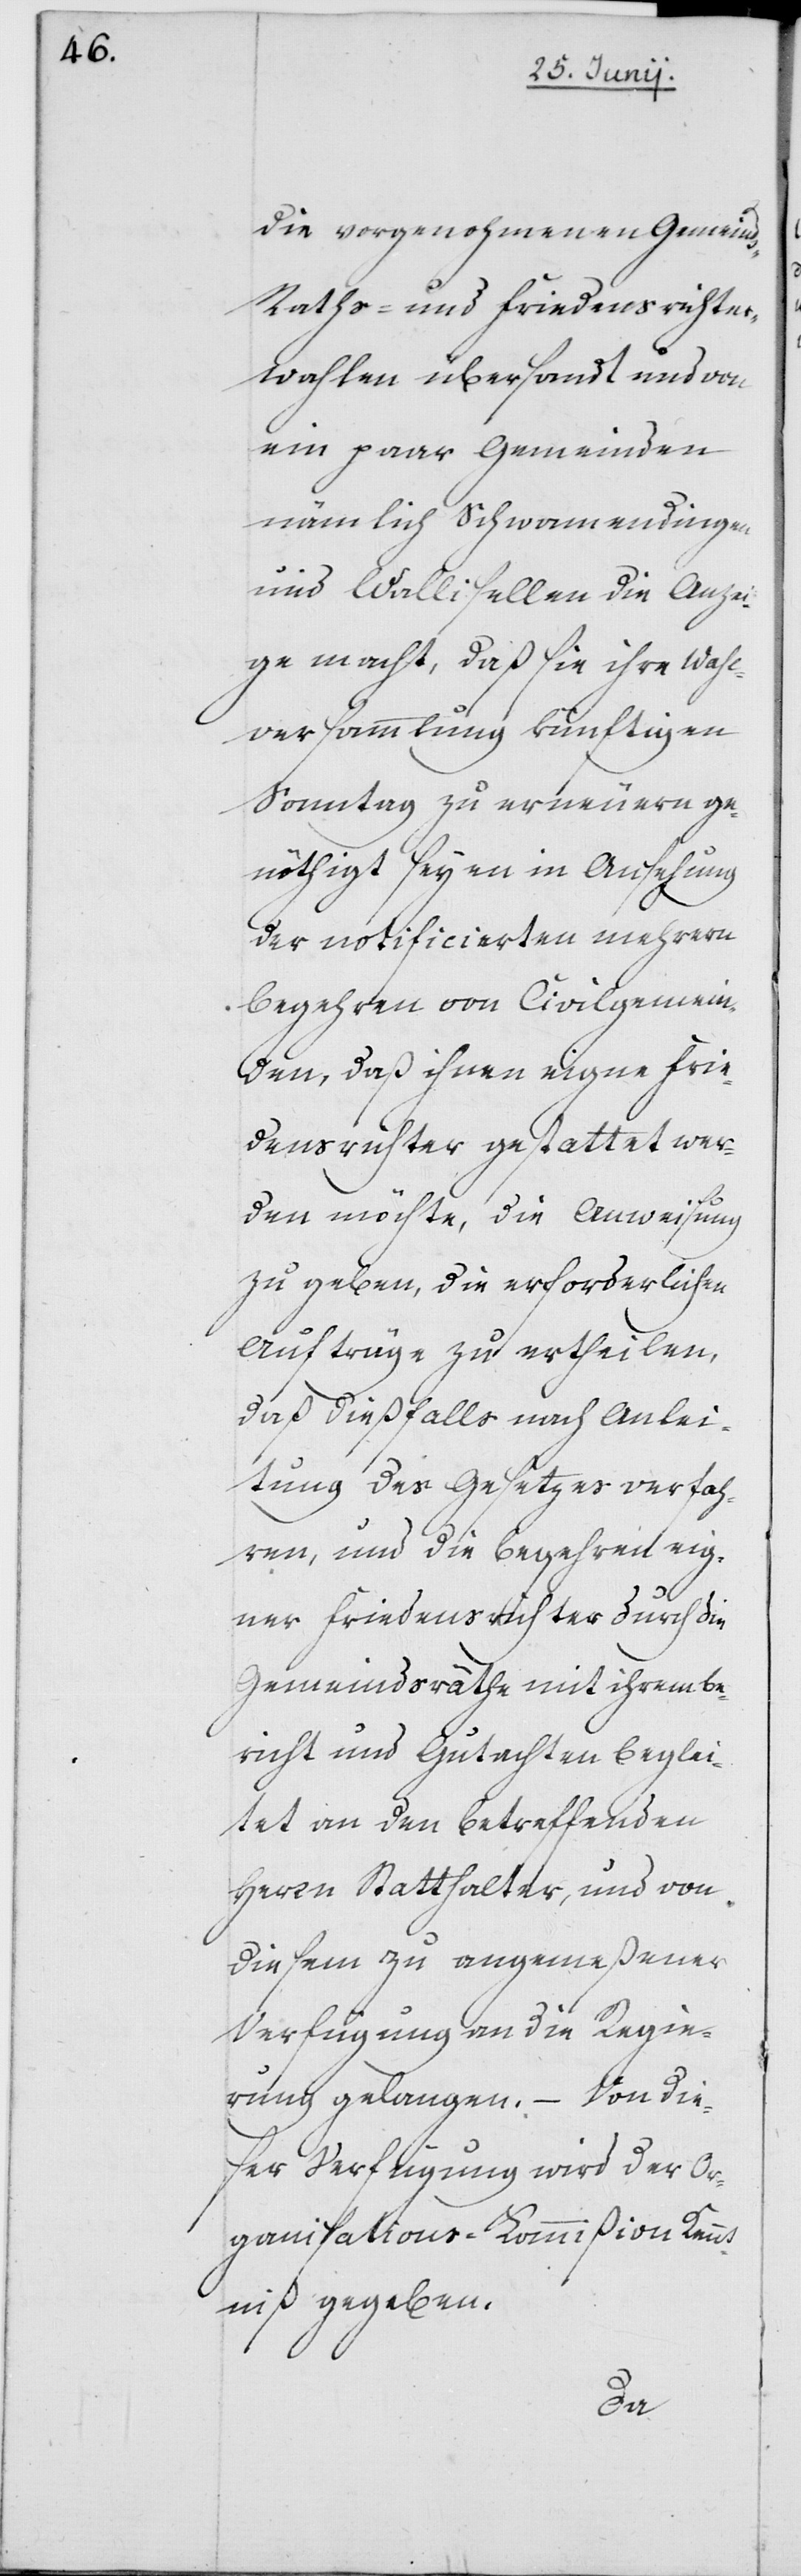
die vorgenohmenen Gemeind¬
s-Raths- und Friedensrichter¬
wahlen übersandt und von
ein paar Gemeinden,
nämlich Schwamendingen
und Wallisellen die Anzei¬
ge macht, daß sie ihre Wahl¬
versammlung künftigen
Sonntag zu erneuern ge¬
nöthigt seyen in Ansehung
der notificierten mehrern
Begehren von Civilgemein¬
den, daß ihnen eigne Frie¬
densrichter gestattet wer¬
den möchte, die Anweisung
zu geben, die erforderlichen
Aufträge zu ertheilen,
daß dießfalls nach Anlei¬
tung des Gesetzes verfah¬
ren, und die Begehren eig¬
ner Friedensrichter durch die
Gemeindsräthe mit ihrem Be¬
richt und Gutachten beglei¬
tet an den betreffenden
Herrn Statthalter, und von
diesem zu angemeßener
Verfügung an die Regie¬
rung gelangen. – Von die¬
ser Verfügung wird der Or¬
ganisations-Kommißion Kennt¬
niß gegeben.